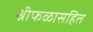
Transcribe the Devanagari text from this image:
श्रीफळासहित